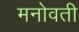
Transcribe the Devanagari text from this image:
मनोवती